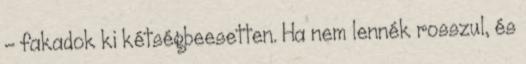
– fakadok ki kétségbeesetten. Ha nem lennék rosszul, és